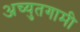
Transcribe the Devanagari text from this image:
अच्युतगामी